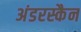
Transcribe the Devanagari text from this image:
अंडरस्कैन